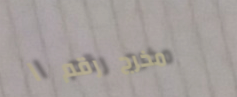
مخرج رقم ١